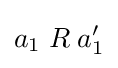
a_{1}\mathrel {R} a'_{1}